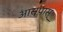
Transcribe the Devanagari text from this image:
आसपास्